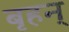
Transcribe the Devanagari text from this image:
बृहन्